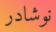
نوشادر